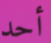
أحد